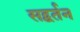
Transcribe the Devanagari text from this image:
सद्वर्तन